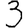
Digit: 3